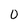
Character: 0